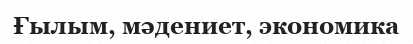
Ғылым, мәдениет, экономика